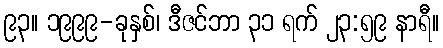
၉၃။ ၁၉၉၉-ခုနှစ်၊ ဒီဇင်ဘာ ၃၁ ရက် ၂၃:၅၉ နာရီ။